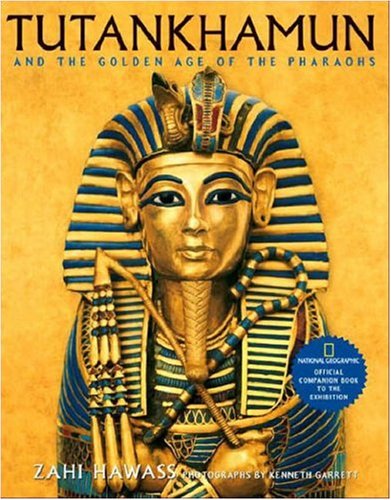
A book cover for Tutankhamun and the Golden Age of the Pharaohs; Zahi Hawass; Literature & Fiction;